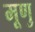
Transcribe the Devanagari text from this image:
मूणु